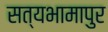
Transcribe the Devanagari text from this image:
सत्यभामापुर